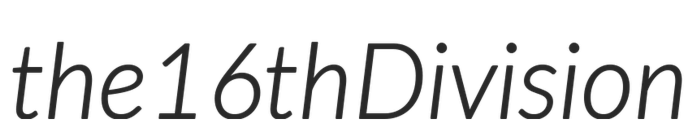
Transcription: the 16th Division